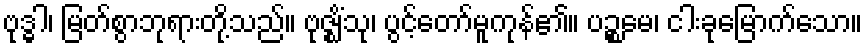
ဗုဒ္ဓါ၊ မြတ်စွာဘုရားတို့သည်။ ဗုဇ္ဈိံသု၊ ပွင့်တော်မူကုန်၏။ ပဉ္စမေ၊ ငါးခုမြောက်သော။